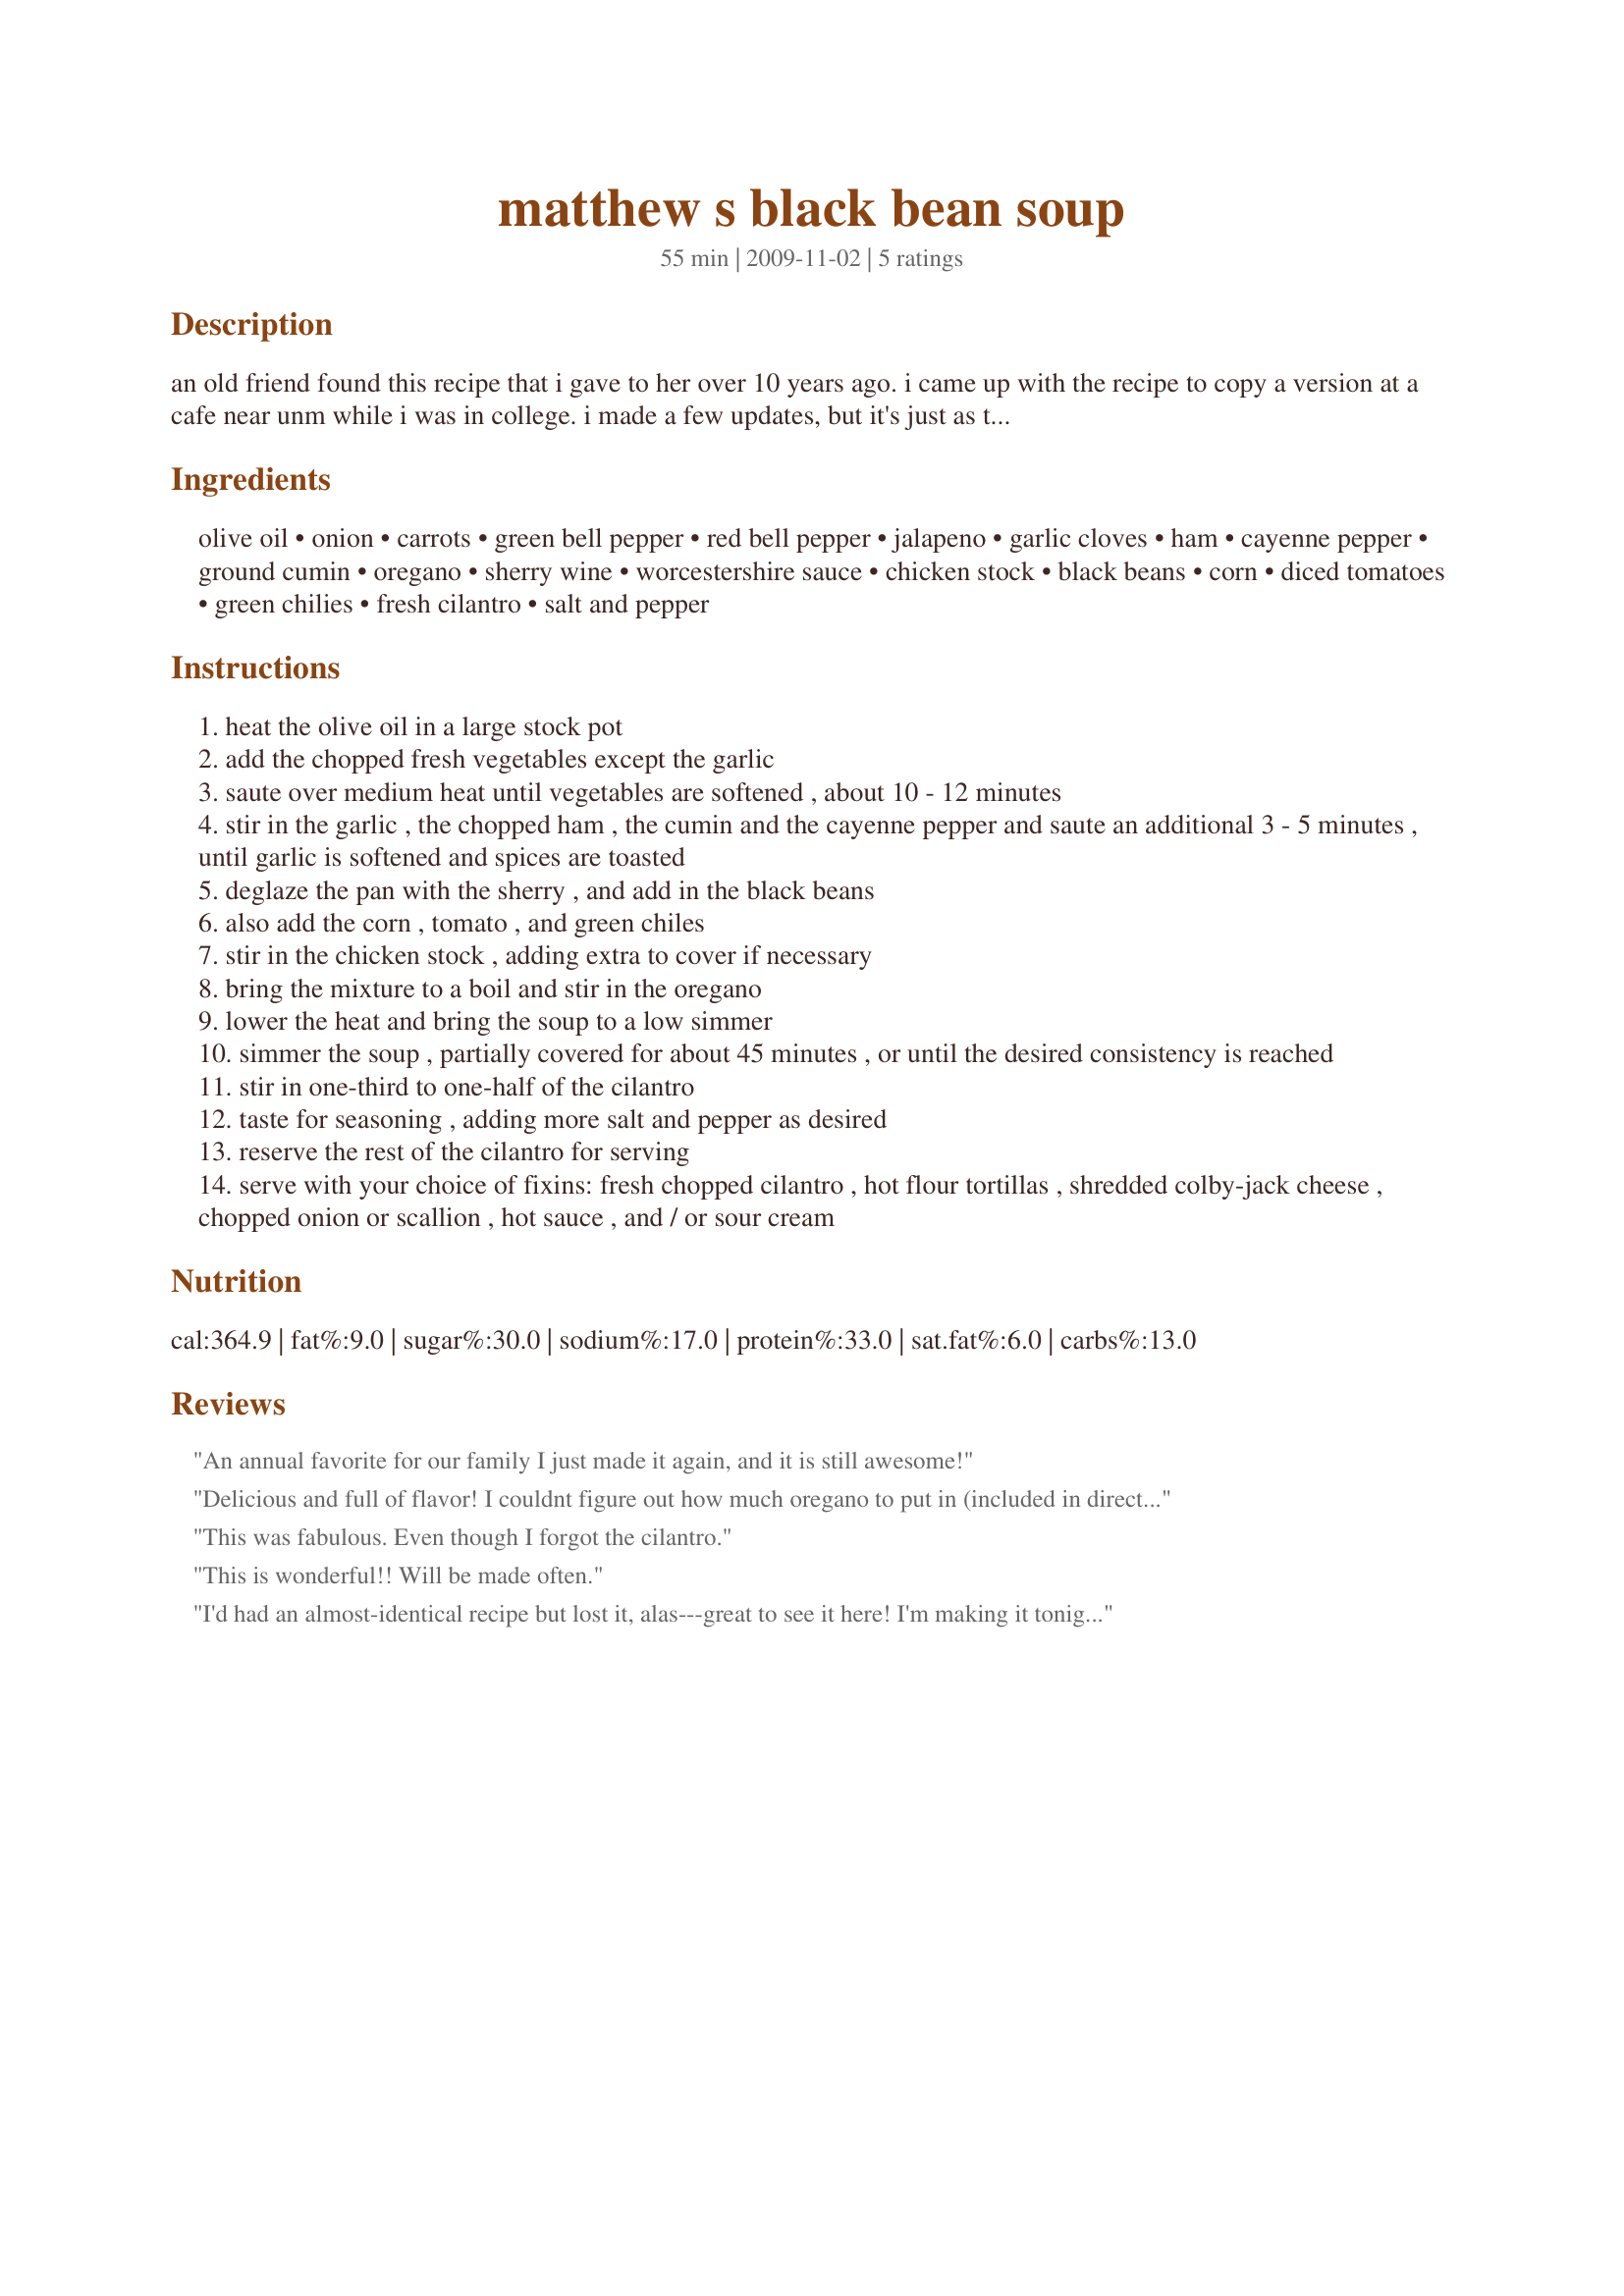
matthew s black bean soup
Preparation time: 55 minutes

an old friend found this recipe that i gave to her over 10 years ago. i came up with the recipe to copy a version at a cafe near unm while i was in college. i made a few updates, but it's just as tasty as i remember. fresh cilantro is essential for garnish - it add such a nice bright flavor to this hearty, earthy soup. i used to make it every year for dia de los muertos (day of the dead, november 2nd - the mexican holiday similar to halloween).

Ingredients:
olive oil, onion, carrots, green bell pepper, red bell pepper, jalapeno, garlic cloves, ham, cayenne pepper, ground cumin, oregano, sherry wine, worcestershire sauce, chicken stock, black beans, corn, diced tomatoes, green chilies, fresh cilantro, salt and pepper

Steps:
heat the olive oil in a large stock pot
add the chopped fresh vegetables except the garlic
saute over medium heat until vegetables are softened , about 10 - 12 minutes
stir in the garlic , the chopped ham , the cumin and the cayenne pepper and saute an additional 3 - 5 minutes , until garlic is softened and spices are toasted
deglaze the pan with the sherry , and add in the black beans
also add the corn , tomato , and green chiles
stir in the chicken stock , adding extra to cover if necessary
bring the mixture to a boil and stir in the oregano
lower the heat and bring the soup to a low simmer
simmer the soup , partially covered for about 45 minutes , or until the desired consistency is reached
stir in one-third to one-half of the cilantro
taste for seasoning , adding more salt and pepper as desired
reserve the rest of the cilantro for serving
serve with your choice of fixins: fresh chopped cilantro , hot flour tortillas , shredded colby-jack cheese , chopped onion or scallion , hot sauce , and / or sour cream

Reviews:
An annual favorite for our family I just made it again, and it is still awesome!
Delicious and full of flavor! I couldnt figure out how much oregano to put in (included in directions but not in the ingredients list). I added about 1/2 tsp, which seemed to 'work'. Served it with toasted tortillas and cornbread. Toppings: Sour Cream/Cilantro. <br/><br/>It did seem to be a bit on the hot/spicy side, so if you dont like spice, you might want to add some of the heat after tasting.<br/><br/>Gotta go...need another bowlful !! :)
This was fabulous. Even though I forgot the cilantro.
This is wonderful!! Will be made often.
I'd had an almost-identical recipe but lost it, alas---great to see it here! I'm making it tonight! Because I don't "do" meat, I'll omit the ham, but chop some for my husband's bowl. That way everybody's happy! Muchas gracias, Spice Boy.
